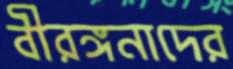
বীরঙ্গনাদের